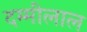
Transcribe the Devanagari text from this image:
दम्मीलाल